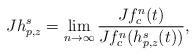
LaTeX: \begin{align*}Jh^s_{p,z}=\lim_{n\to\infty}\frac{Jf^n_c(t)}{Jf^n_c(h^s_{p,z}(t))},\end{align*}